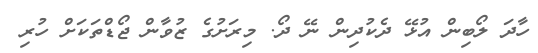
ހާދަ ލޯބިން އުޅޭ ދެކުދިން ނޭ ދޯ. މިރަށުގެ ޒުވާން ޖޯޑްތަކަށް ހުރި